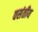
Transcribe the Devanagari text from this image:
वसंतीय